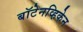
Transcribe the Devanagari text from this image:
बॉटेनव्हिकेन